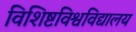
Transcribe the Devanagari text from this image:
विशिष्टविश्वविद्यालय